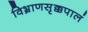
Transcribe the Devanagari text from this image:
विभ्राणसृक्कपालं